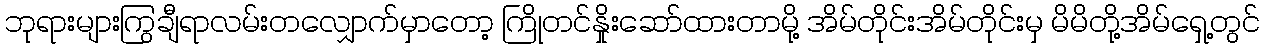
ဘုရားများကြွချီရာလမ်းတလျှောက်မှာတော့ ကြိုတင်နှိုးဆော်ထားတာမို့ အိမ်တိုင်းအိမ်တိုင်းမှ မိမိတို့အိမ်ရှေ့တွင်